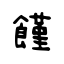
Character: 饉